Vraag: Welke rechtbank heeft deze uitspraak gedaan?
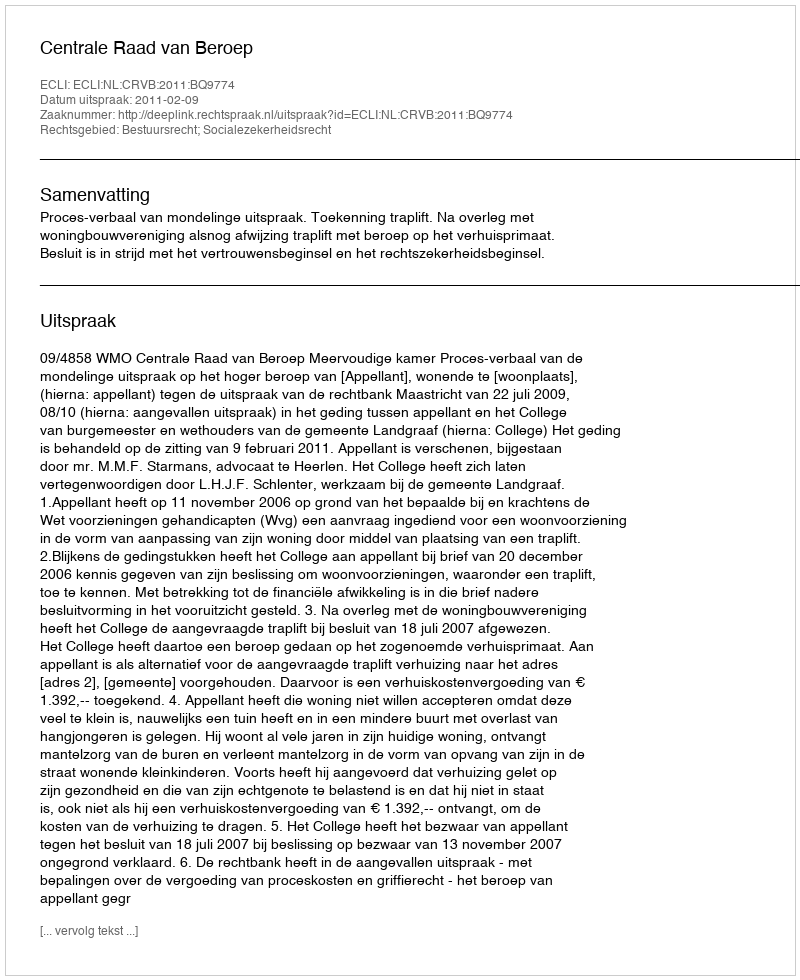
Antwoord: Centrale Raad van Beroep